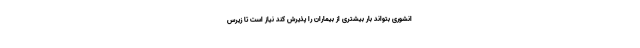
انشوری بتواند بار بیشتری از بیماران را پذیرش کند نیاز است تا زیرس